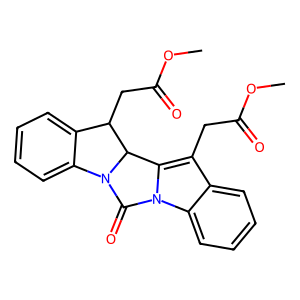
SMILES: COC(=O)Cc1c2n(c3ccccc13)C(=O)N1c3ccccc3C(CC(=O)OC)C21
Inhibits HIV replication: No